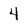
Character: 4